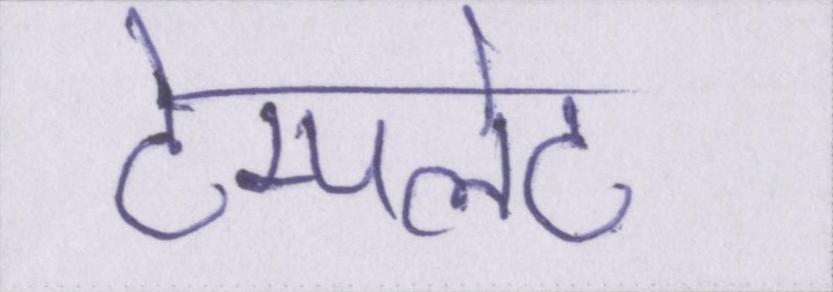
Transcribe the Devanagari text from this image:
टेम्पलेट